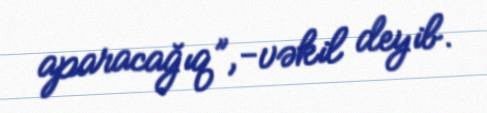
aparacağıq”,-vəkil deyib.